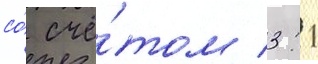
со́ счё́том 3: 1